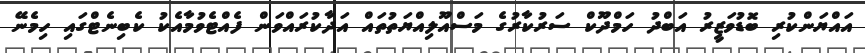
އައްޔަންކުރި ބޮޑުވަޒީރު އަބްދު ހަމްދޫކް ސަރުކާރުގެ މަސްއޫލިއްޔަތުތައް އަދާކުރައްވަން ފެއްޓެވުމާއެކު ކެބިނެޓްގައި ހިމެނޭ